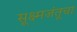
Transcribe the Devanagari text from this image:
सूक्ष्मजंतूचा